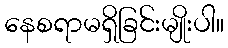
နေစရာမရှိခြင်းမျိုးပါ။